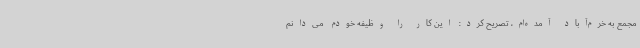
مجمع به خرم‌آباد آمده‌ام، تصریح کرد: این کار را وظیفه خودم می‌دانم